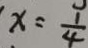
x = \frac { 1 } { 4 }